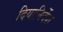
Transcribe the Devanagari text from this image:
दियानिर्देश